Investigations into the jail dietaries of the United Provinces with some observations on the influence of dietary on the physical development and well-being of the people of the United Provinces - Number 48
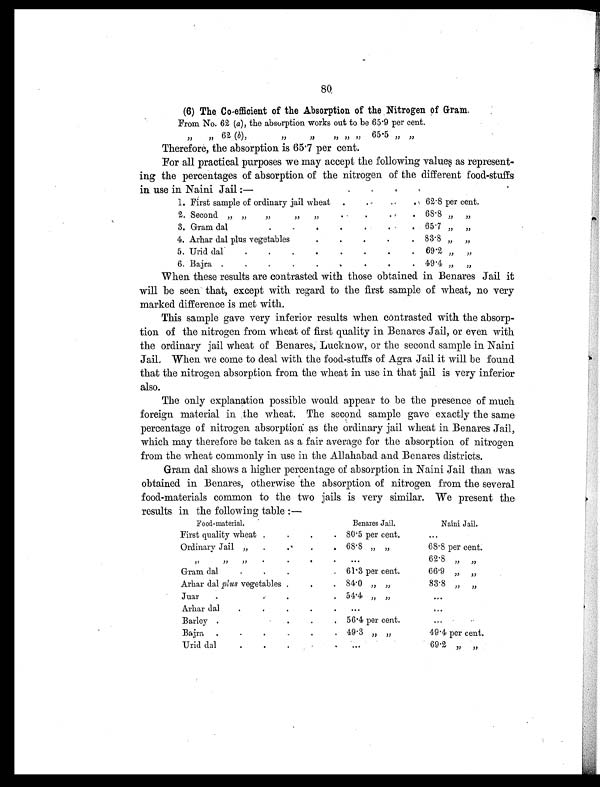
80
(6) The Co-efficient of the Absorption of the Nitrogen of Gram.
From No. 62 ( a), the absorption works out to be 65.9 per cent.
„
„ 62 (b),
„
„
„
„
„
65.5 „
„
Therefore, the absorption is 65 . 7 per cent.
For all practical purposes we may accept the following values as represent-
ing the percentages of absorption of the nitrogen of the different food-stuffs
in use in Naini Jail :—
1. First sample of ordinary jail wheat .
. .
.
62 . 8 per cent.
2. Second „ „ „ „ „
.
.
.
.
68.8 „
„
3. Gram dal
. .
.
.
.
.
.
65 . 7 „ „
4. Arhar dal plus vegetables
.
.
.
.
.
83.8
„
„
5. Urid dal
.
.
.
.
.
.
.
. 69 . 2 „
„
6. Bajra .
.
. .
.
.
.
.
.
49 . 4 „
„
When these results are contrasted with those obtained in Benares Jail it
will be seen that, except with regard to the first sample of wheat, no very
marked difference is met with.
This sample gave very inferior results when contrasted with the absorp-
tion of the nitrogen from wheat of first quality in Benares Jail, or even with
the ordinary jail wheat of Benares, Lucknow, or the second sample in Naini
Jail. When we come to deal with the food-stuffs of Agra Jail it will be found
that the nitrogen absorption from the wheat in use in that jail is very inferior
also.
The only explanation possible would appear to be the presence of much
foreign material in the wheat. The second sample gave exactly the same
percentage of nitrogen absorption as the ordinary jail wheat in Benares Jail,
which may therefore be taken as a fair average for the absorption of nitrogen
from the wheat commonly in use in the Allahabad and Benares districts.
Gram dal shows a higher percentage of absorption in Naini Jail than was
obtained in Benares, otherwise the absorption of nitrogen from the several
food-materials common to the two jails is very similar. We present the
results in the following table :—
Food-material.
.
.
. . Benares J ail.
Naini Jail.
First quality wheat .
.
.
.
80 . 5 per cent.
. . .
Ordinary Jail „
.
.
.
.
68 . 8 „ „
68.8 per cent.
„ „ „
.
.
.
.
. . .
62.8
„
„
Gram dal
.
. .
. 61 . 3 per cent.
66.9
„
„
Arhar dal plus vegetables .
.
. 84. 0 „ „
83.8
„
„
Juar
.
.
.
.
54 . 4 „ „
. . .
Arhar dal
.
.
.
.
.
. . .
. . .
Barley .
.
.
. 56 . 4 per cent.
. . .
Bajra .
.
.
.
.
.
49.3
„ „
49.4 per cent.
Urid dal
. .
.
.
.
. . .
69.2 „ „